Leningradi_Edasi_toimetus, lk 22
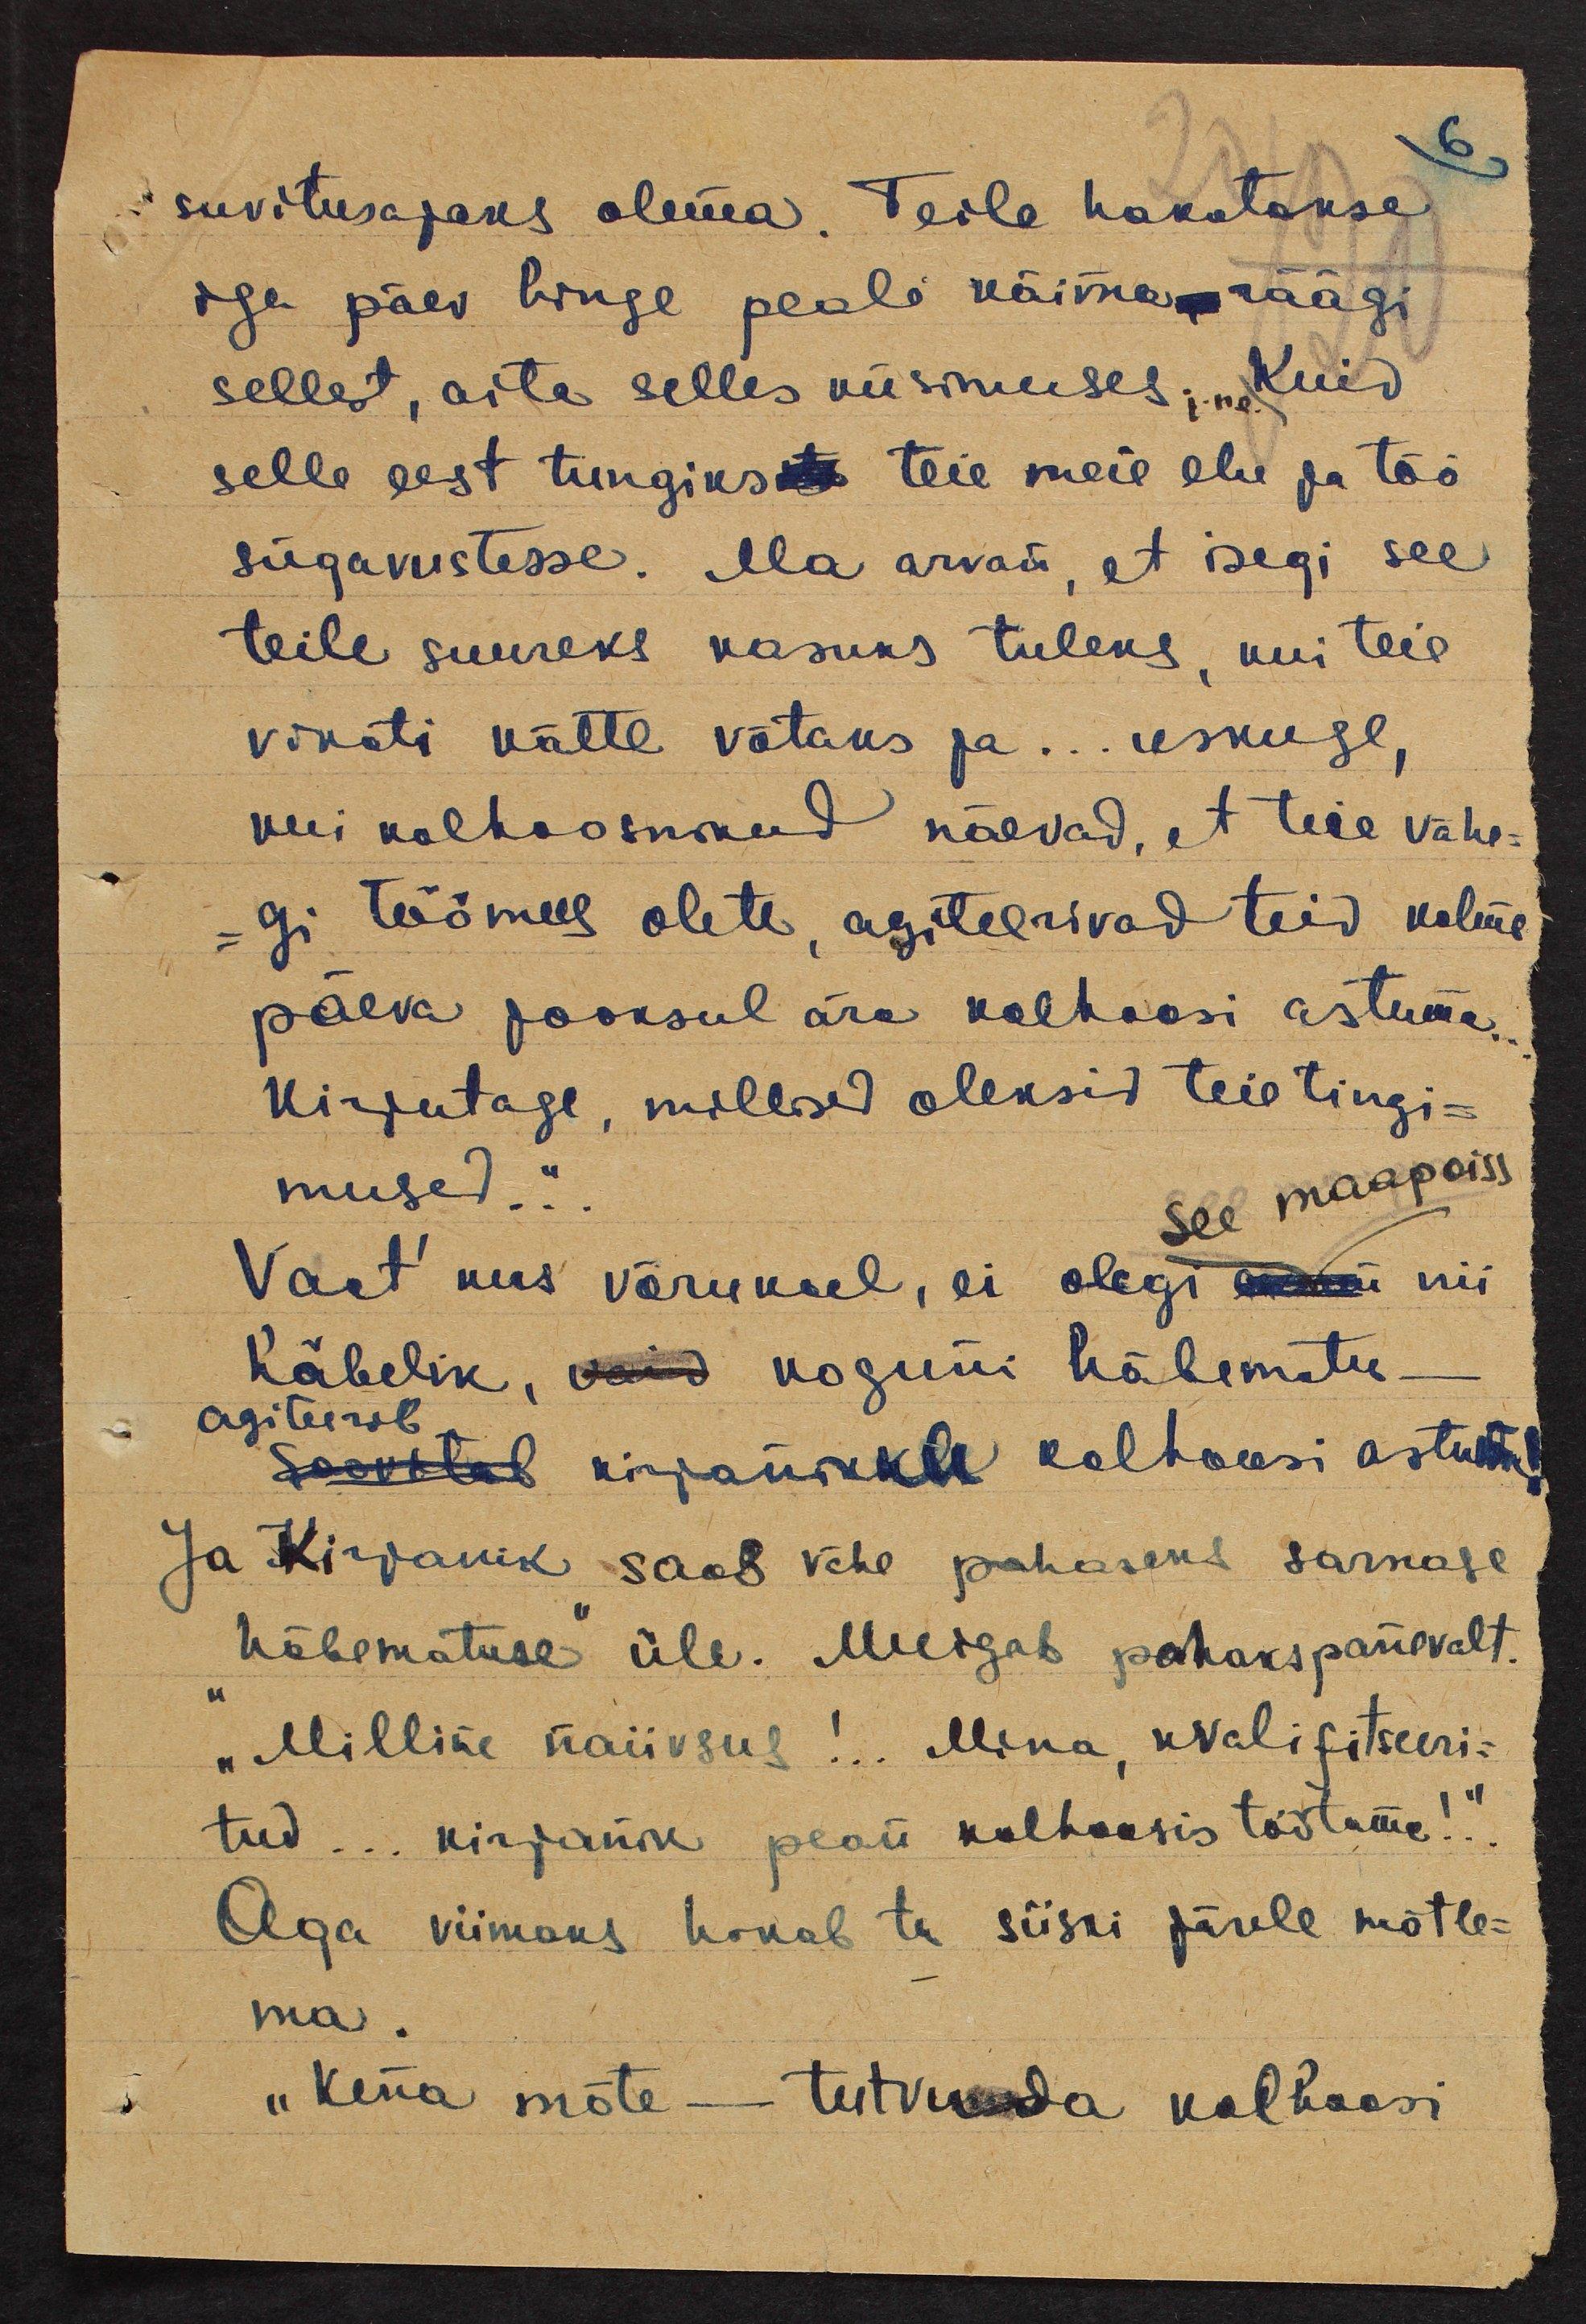
suvitusajaks olema. Teile hakatakse
iga päev hinge peale käima, räägi
sellest, aita selles küsimuses j.n.e. Kuid
selle eest tungiks teie meie elu ja töö
sügavustesse. Ma arvan, et isegi see
teile suureks kasuks tuleks, kui teie
vikati kätte võtaks ja... uskuge,
kui kolhoosnikud näevad, et teie vähe-
gi töömees olete, agiteerivad teid kolme
päeva jooksul ära kolhoosi astuma.
Kirjutage, millised oleksid teie tingi-
mused..."
see maapoiss
Vaat' kus võrukul, ei olegi ennem nii
häbelik, vaid koguni häbematu-
agiteerib
soovitab kirjaniku kolhoosi astuda!
Ja Kirjanik saab vähe pahaseks sarnase
"häbematuse" üle. Muigab pahakspanevalt.
„Milline naiivsus!.. Mina, kvalifitseeri-
tud... kirjanik pean kolhoosis töötama!.."
Aga viimaks hakab ta siiski järele mõtle-
ma.
"Kena mõte - tutvuda kolhoosi